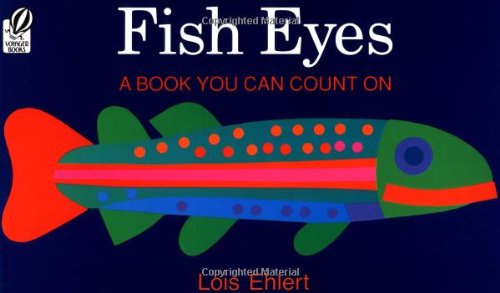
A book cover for Fish Eyes: A Book You Can Count On; Lois Ehlert; Children's Books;